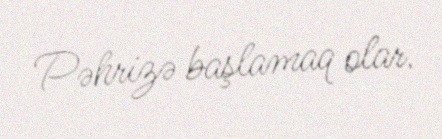
Pəhrizə başlamaq olar.